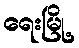
ရေးမြို့